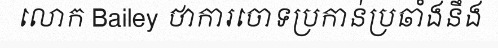
លោក Bailey ថាការចោទប្រកាន់ប្រឆាំងនឹង